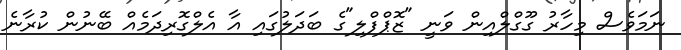
ނަމަވެސް މިހާރު ގޫގްލްއިން ވަނީ "ޒޮޕްފްލި"ގެ ބަދަލުގައި އާ އެލްގޮރިދަމެއް ބޭނުން ކުރާނެ